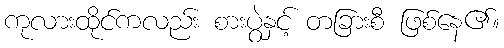
ကုလားထိုင်ကလည်း စားပွဲနှင့် တခြားစီ ဖြစ်နေ၏။